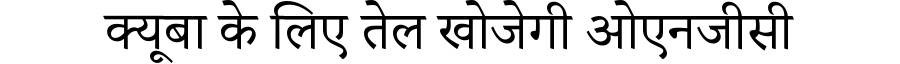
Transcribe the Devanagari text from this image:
क्यूबा के लिए तेल खोजेगी ओएनजीसी